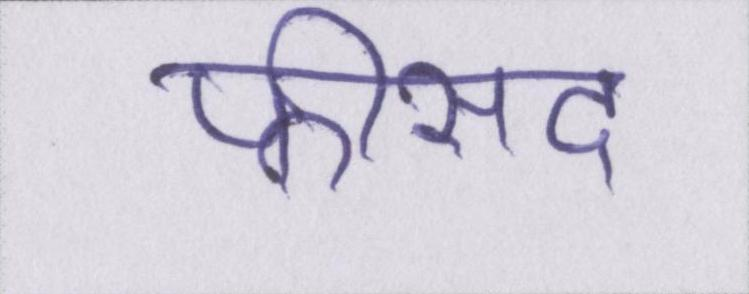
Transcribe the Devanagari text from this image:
फीसद